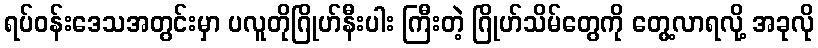
ရပ်ဝန်းဒေသအတွင်းမှာ ပလူတိုဂြိုဟ်နီးပါး ကြီးတဲ့ ဂြိုဟ်သိမ်တွေကို တွေ့လာရလို့ အခုလို